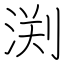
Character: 渕